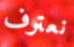
نعترف